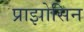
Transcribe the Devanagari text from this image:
प्राझोसिन